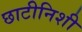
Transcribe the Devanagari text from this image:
छाटीनिशी